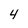
Character: 4